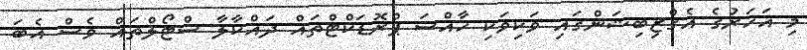
މި އަހަރުގެ އެގްޒިބިޝަންގައި ވަކިވަކި ހާއްސަ ޕްރޮޑަކްޓްތައް ދައްކާލާ ސްޓޯލްތައް ވެސް އެބަ